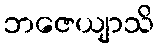
ဘဇေယျာသိ